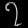
Digit: ၇